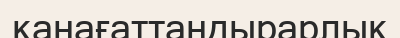
қанағаттандырарлық